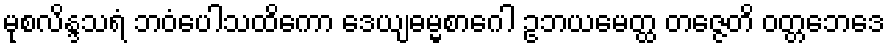
မုစလိန္ဒသရံ ဘဝံပေါသထိကော ဒေယျဓမ္မစာဂေါ ဥဘယမေတ္ထ တဇ္ဇေတိ ဝတ္တဘေဒေ